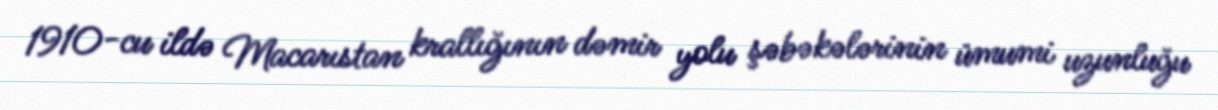
1910-cu ildə Macarıstan krallığının dəmir yolu şəbəkələrinin ümumi uzunluğu